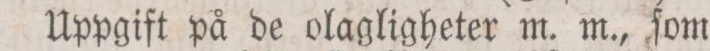
Uppgift på de olagligheter m. m., ſom